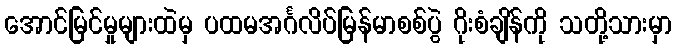
အောင်မြင်မှုများထဲမှ ပထမအင်္ဂလိပ်မြန်မာစစ်ပွဲ ဂိုးစံချိန်ကို သတို့သားမှာ